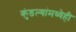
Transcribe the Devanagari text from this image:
कुंडल्यांमध्येही